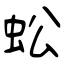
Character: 蚣